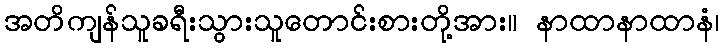
အတိကျန်သူခရီးသွားသူတောင်းစားတို့အား။ နာထာနာထာနံ၊